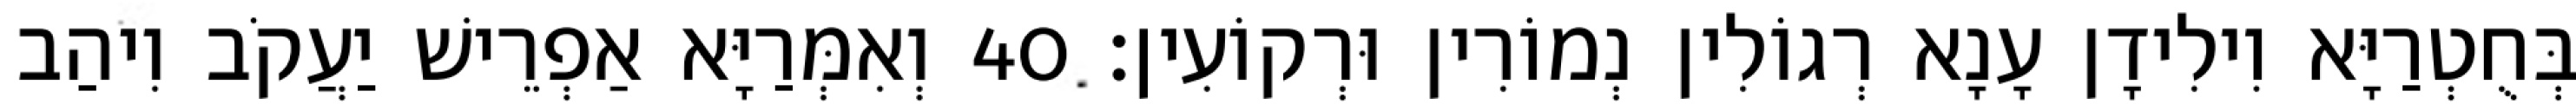
בְּחֻטְרַיָּא וִילִידָן עָנָא רְגוֹלִין נְמוֹרִין וּרְקוֹעִין׃ 40 וְאִמְּרַיָּא אַפְרֵישׁ יַעֲקֹב וִיהַב